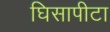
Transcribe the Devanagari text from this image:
घिसापीटा